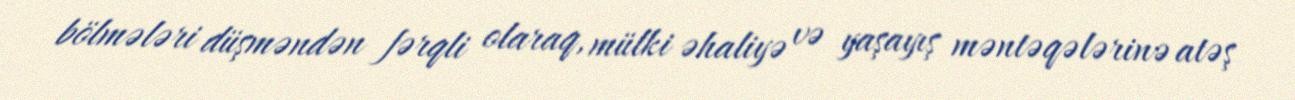
bölmələri düşməndən fərqli olaraq, mülki əhaliyə və yaşayış məntəqələrinə atəş